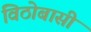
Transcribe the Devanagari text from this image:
विठोबासी